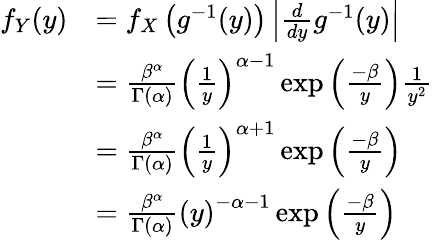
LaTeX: {\begin{array}{rl}{f_{Y}(y)}&{=f_{X}\left(g^{-1}(y)\right)\left|{\frac{d}{dy}}g^{-1}(y)\right|}\\ &{={\frac{\beta^{\alpha}}{\Gamma(\alpha)}}\left({\frac{1}{y}}\right)^{\alpha-1}\exp\left({\frac{-\beta}{y}}\right){\frac{1}{y^{2}}}}\\ &{={\frac{\beta^{\alpha}}{\Gamma(\alpha)}}\left({\frac{1}{y}}\right)^{\alpha+1}\exp\left({\frac{-\beta}{y}}\right)}\\ &{={\frac{\beta^{\alpha}}{\Gamma(\alpha)}}\left(y\right)^{-\alpha-1}\exp\left({\frac{-\beta}{y}}\right)}\end{array}}